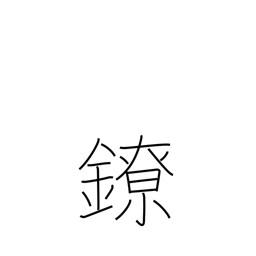
Meaning: chains